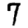
Digit: 7